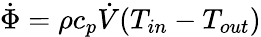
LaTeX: \dot{\Phi}=\rho c_{p}\dot{V}(T_{in}-T_{out})